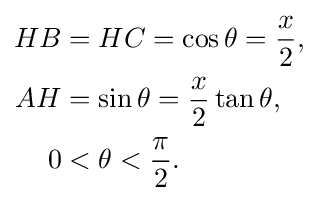
{\begin{aligned}HB&=HC=\cos \theta ={\frac {x}{2}},\\AH&=\sin \theta ={\frac {x}{2}}\tan \theta ,\\0&<\theta <{\frac {\pi }{2}}.\end{aligned}}